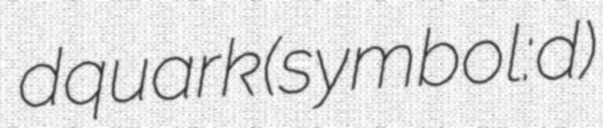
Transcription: d quark (symbol: d)